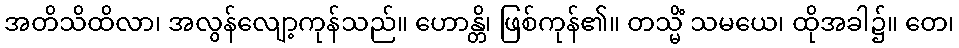
အတိသိထိလာ၊ အလွန်လျော့ကုန်သည်။ ဟောန္တိ၊ ဖြစ်ကုန်၏။ တသ္မိံ သမယေ၊ ထိုအခါ၌။ တေ၊